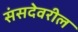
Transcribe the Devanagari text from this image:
संसदेवरील